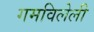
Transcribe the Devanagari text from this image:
गमविलेली